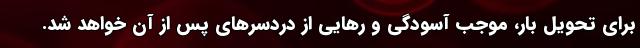
برایِ تحویل بار، موجب آسودگی و رهایی از دردسرهای پس از آن خواهد شد.